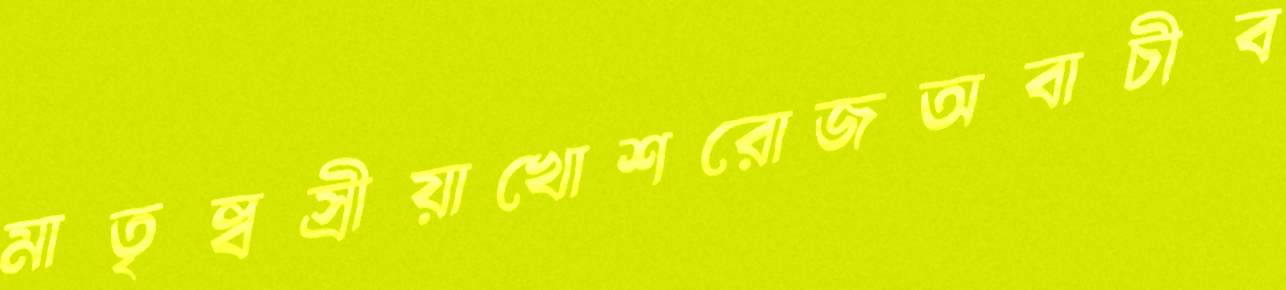
মাতৃষ্বস্রীয়াখোশরোজঅবাচীব